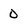
Character: 0